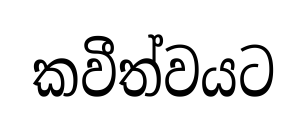
කවීත්වයට